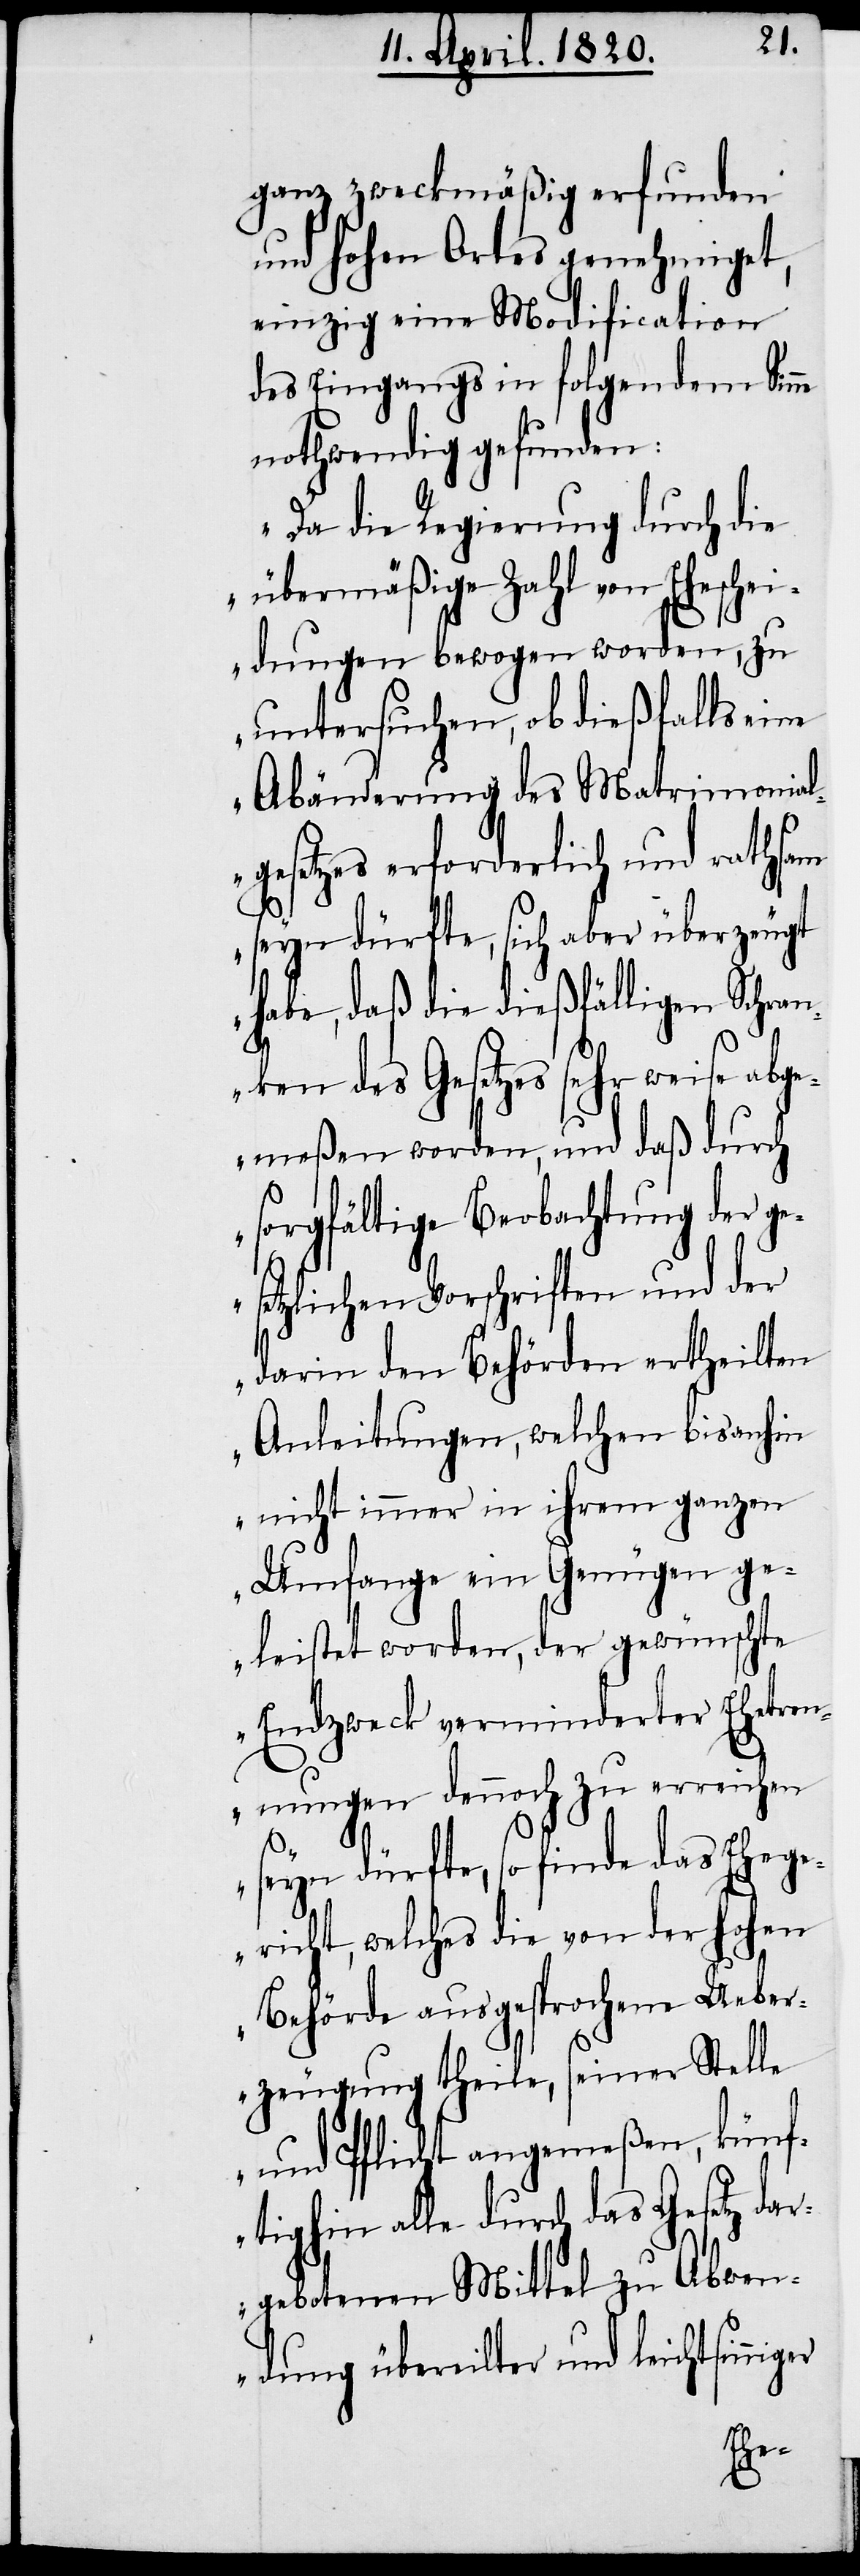
ganz zweckmäßig erfunden
und Hohen Ortes genehmiget,
einzig eine Modification
des Eingangs in folgendem Sin¬
nothwendig gefunden:
„Da die Regierung durch die
übermäßige Zahl von Eheschei¬
dungen bewogen worden, zu
untersuchen, ob dießfalls eine
Abänderung des Matrimonial¬
gesetzes erforderlich und rathsam
seyn dürfte, sich aber überzeugt
habe, daß die dießfälligen Schra¬
nken des Gesetzes sehr weise ab¬
gemeßen worden, und daß durch
sorgfältige Beobachtung der ge¬
setzlichen Vorschriften und der
darin den Behörden ertheilten
Anleitungen, welchen bisanhin
nicht immer in ihrem ganzen
Umfange ein Genügen ge¬
leistet worden, der gewünschte
Endzweck verminderter Ehetre¬
nnungen dennoch zu erreichen
seyn dürfte, so finde das Ehege¬
richt, welches die von der Hohen
Behörde ausgesprochene Ueber¬
zeugung theile, seiner Stelle
und Pflicht angemeßen, künf¬
tighin alle durch das Gesetz dar¬
gebotene Mittel zu Abwen¬
dung übereilter und leichtsinn¬
iger